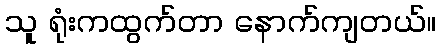
သူ ရုံးကထွက်တာ နောက်ကျတယ်။